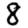
Digit: 8